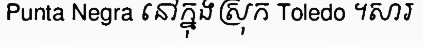
Punta Negra នៅក្នុងស្រុក Toledo ។សារ